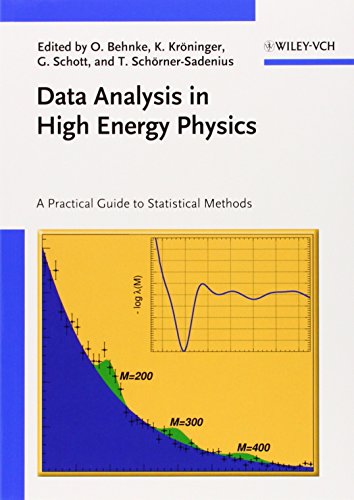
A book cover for Data Analysis in High Energy Physics: A Practical Guide to Statistical Methods; Science & Math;